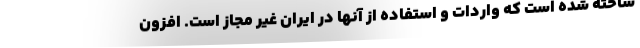
ساخته شده است که واردات و استفاده از آنها در ایران غیر مجاز است. افزون